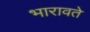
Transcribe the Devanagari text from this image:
भारावते